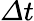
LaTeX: {\mit\Delta}t